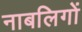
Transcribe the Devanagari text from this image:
नाबलिगों